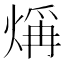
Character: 𤌁